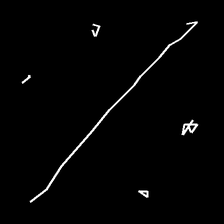
Glyph: cool